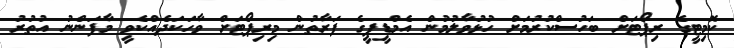
ކޮމިޓީގެ ރިޕޯޓަށް ބަހުސްކުރުމަށް ހުޅުވާލުމުން އެމްޑީޕީގެ ފަރާތުން މިރިޕޯޓަށް ވާހަކަދެއްކެވީ މާފަންނު އުތުރު